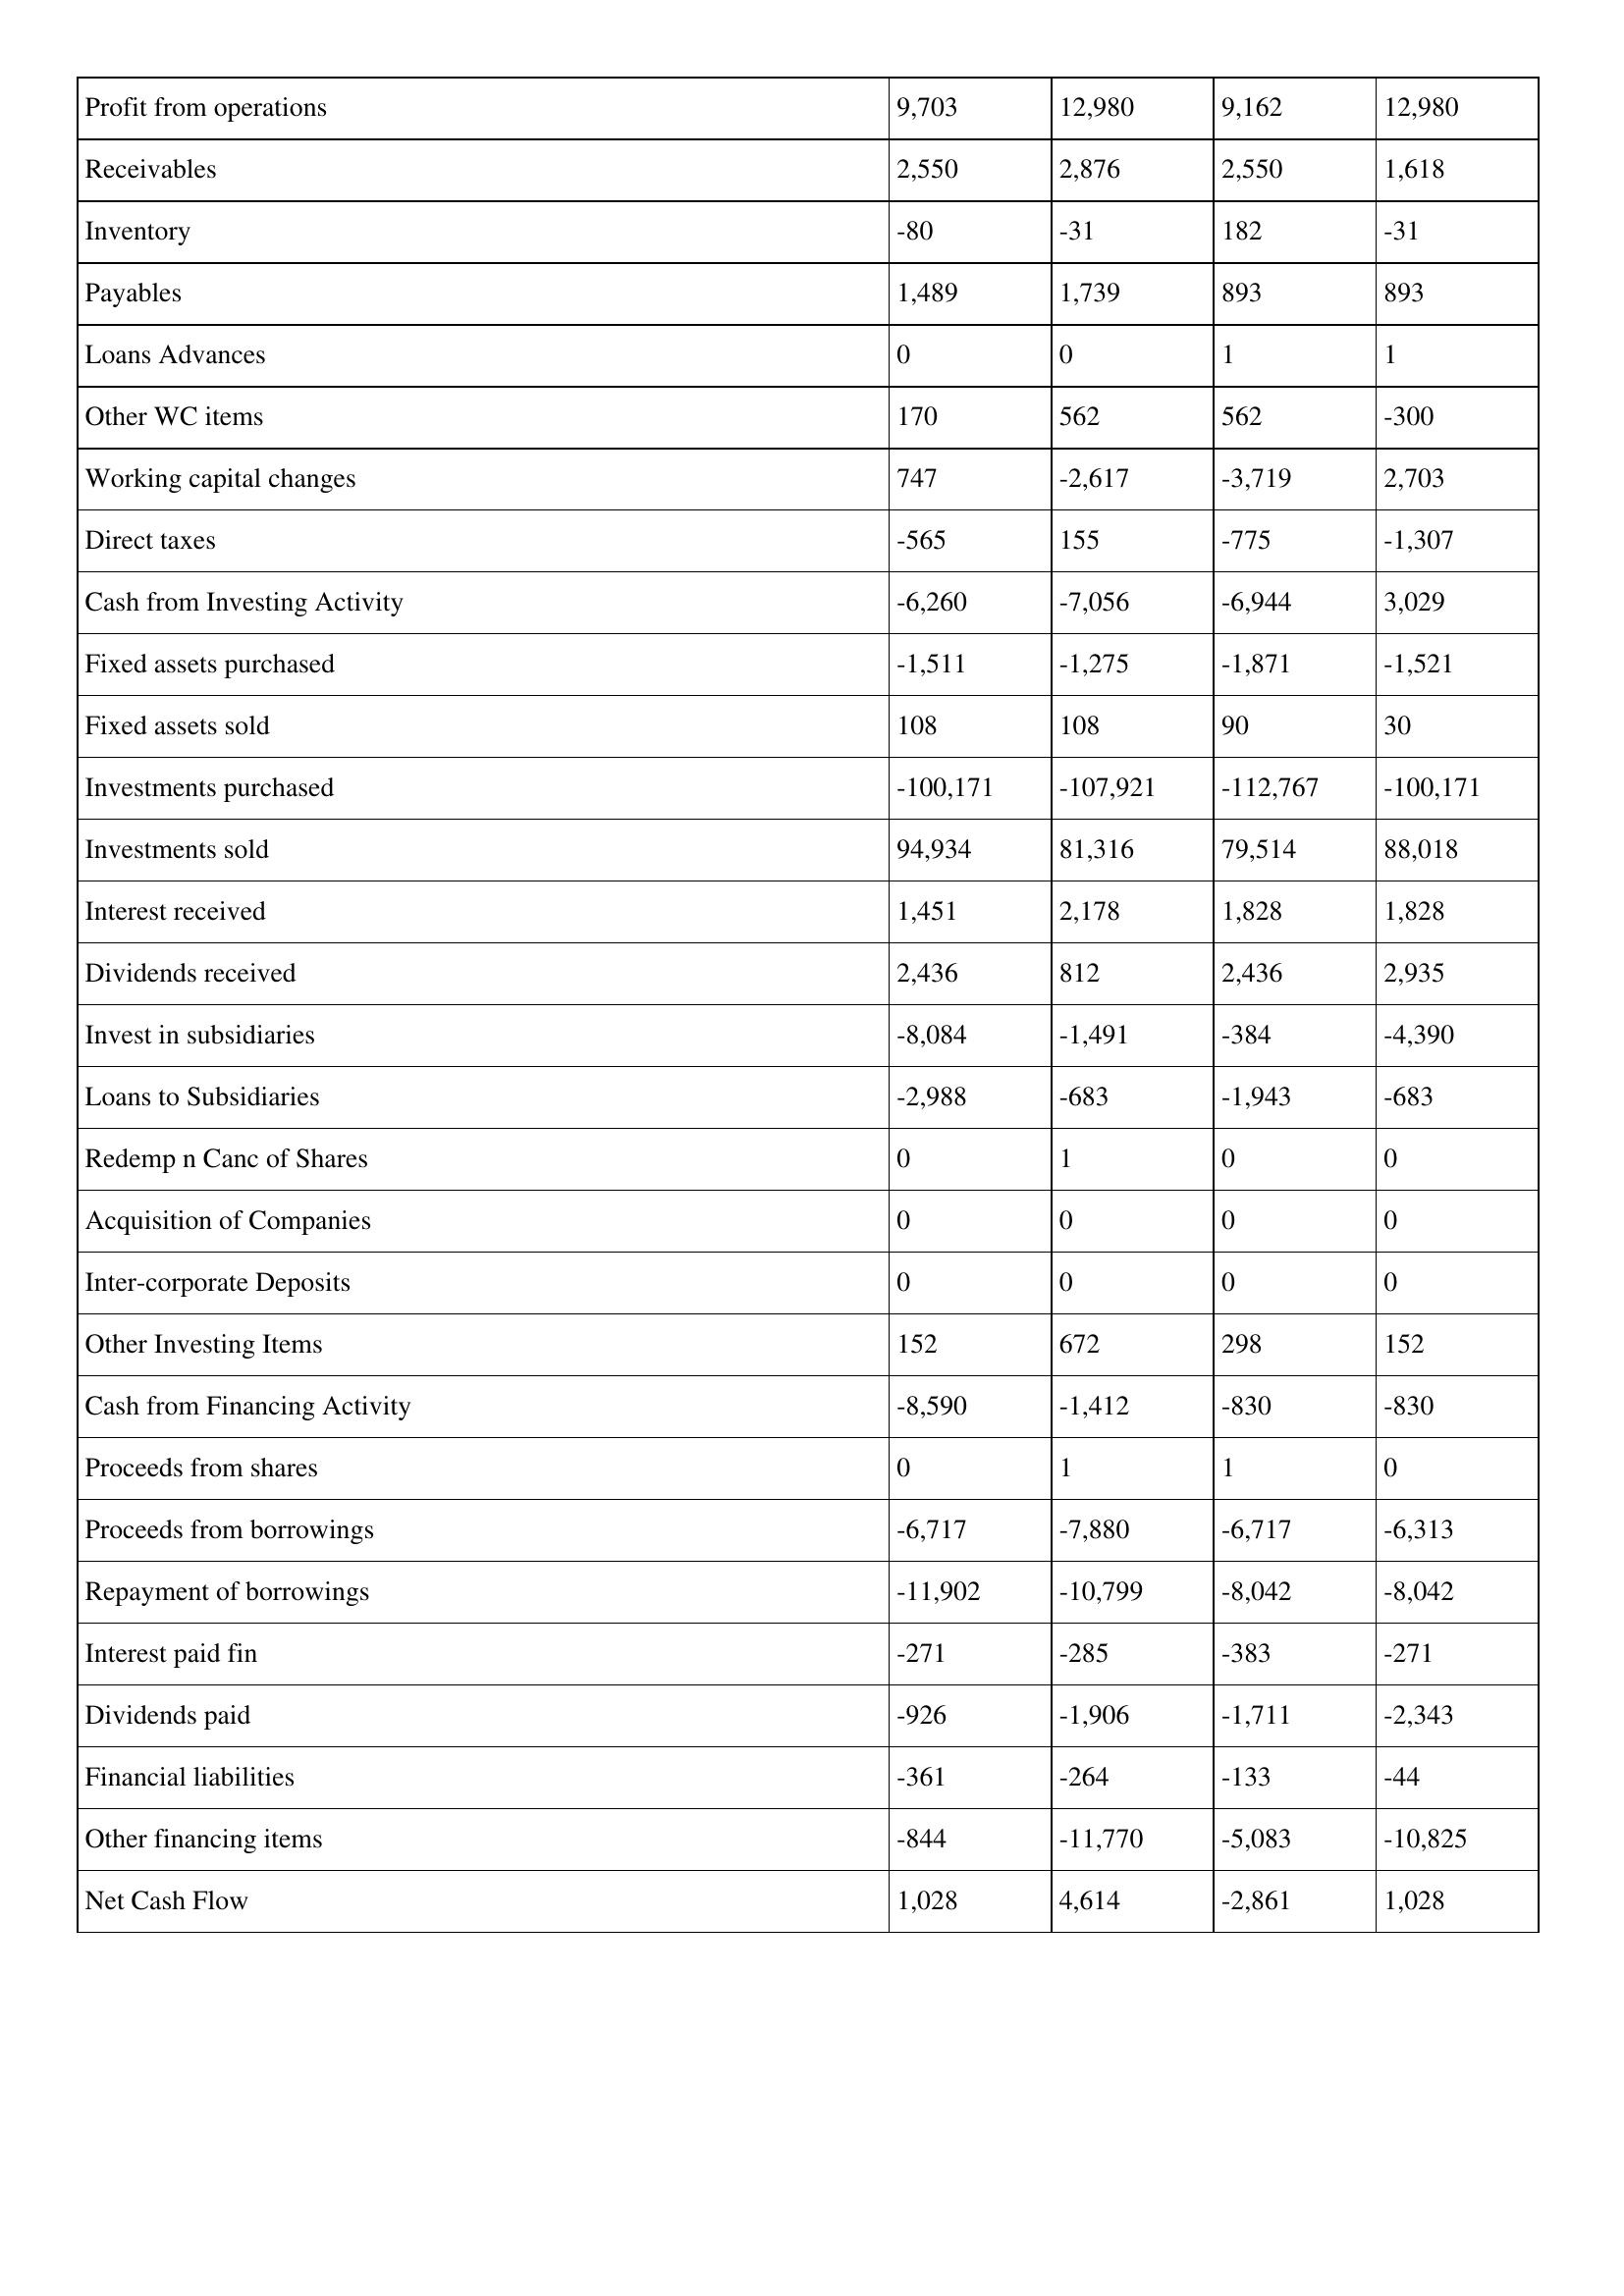
gt_parse: 2009: Cash Flows: Profit from operations: 9,703
Receivables: 2,550
Inventory: -80
Payables: 1,489
Loans Advances: 0
Other WC items: 170
Working capital changes: 747
Direct taxes: -565
Cash from Investing Activity: -6,260
Fixed assets purchased: -1,511
Fixed assets sold: 108
Investments purchased: -100,171
Investments sold: 94,934
Interest received: 1,451
Dividends received: 2,436
Invest in subsidiaries: -8,084
Loans to Subsidiaries: -2,988
Redemp n Canc of Shares: 0
Acquisition of Companies: 0
Inter-corporate Deposits: 0
Other Investing Items: 152
Cash from Financing Activity: -8,590
Proceeds from shares: 0
Proceeds from borrowings: -6,717
Repayment of borrowings: -11,902
Interest paid fin: -271
Dividends paid: -926
Financial liabilities: -361
Other financing items: -844
Net Cash Flow: 1,028
2008: Cash Flows: Profit from operations: 12,980
Receivables: 2,876
Inventory: -31
Payables: 1,739
Loans Advances: 0
Other WC items: 562
Working capital changes: -2,617
Direct taxes: 155
Cash from Investing Activity: -7,056
Fixed assets purchased: -1,275
Fixed assets sold: 108
Investments purchased: -107,921
Investments sold: 81,316
Interest received: 2,178
Dividends received: 812
Invest in subsidiaries: -1,491
Loans to Subsidiaries: -683
Redemp n Canc of Shares: 1
Acquisition of Companies: 0
Inter-corporate Deposits: 0
Other Investing Items: 672
Cash from Financing Activity: -1,412
Proceeds from shares: 1
Proceeds from borrowings: -7,880
Repayment of borrowings: -10,799
Interest paid fin: -285
Dividends paid: -1,906
Financial liabilities: -264
Other financing items: -11,770
Net Cash Flow: 4,614
2007: Cash Flows: Profit from operations: 9,162
Receivables: 2,550
Inventory: 182
Payables: 893
Loans Advances: 1
Other WC items: 562
Working capital changes: -3,719
Direct taxes: -775
Cash from Investing Activity: -6,944
Fixed assets purchased: -1,871
Fixed assets sold: 90
Investments purchased: -112,767
Investments sold: 79,514
Interest received: 1,828
Dividends received: 2,436
Invest in subsidiaries: -384
Loans to Subsidiaries: -1,943
Redemp n Canc of Shares: 0
Acquisition of Companies: 0
Inter-corporate Deposits: 0
Other Investing Items: 298
Cash from Financing Activity: -830
Proceeds from shares: 1
Proceeds from borrowings: -6,717
Repayment of borrowings: -8,042
Interest paid fin: -383
Dividends paid: -1,711
Financial liabilities: -133
Other financing items: -5,083
Net Cash Flow: -2,861
2006: Cash Flows: Profit from operations: 12,980
Receivables: 1,618
Inventory: -31
Payables: 893
Loans Advances: 1
Other WC items: -300
Working capital changes: 2,703
Direct taxes: -1,307
Cash from Investing Activity: 3,029
Fixed assets purchased: -1,521
Fixed assets sold: 30
Investments purchased: -100,171
Investments sold: 88,018
Interest received: 1,828
Dividends received: 2,935
Invest in subsidiaries: -4,390
Loans to Subsidiaries: -683
Redemp n Canc of Shares: 0
Acquisition of Companies: 0
Inter-corporate Deposits: 0
Other Investing Items: 152
Cash from Financing Activity: -830
Proceeds from shares: 0
Proceeds from borrowings: -6,313
Repayment of borrowings: -8,042
Interest paid fin: -271
Dividends paid: -2,343
Financial liabilities: -44
Other financing items: -10,825
Net Cash Flow: 1,028